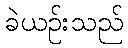
ခဲယဉ်းသည်